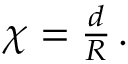
\begin{array} { r } { \chi = \frac { d } { R } \, . } \end{array}